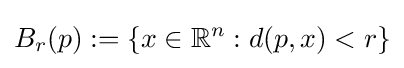
B_{r}(p):=\left\{x\in \mathbb {R} ^{n}:d(p,x)<r\right\}